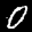
Label: 0